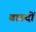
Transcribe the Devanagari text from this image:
बारूदों